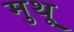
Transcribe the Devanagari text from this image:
मुथू